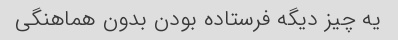
یه چیز دیگه فرستاده بودن بدون هماهنگی